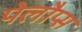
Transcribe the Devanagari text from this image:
पेलौप्स